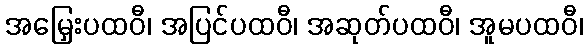
အမြှေးပထဝီ၊ အပြင်ပထဝီ၊ အဆုတ်ပထဝီ၊ အူမပထဝီ၊